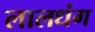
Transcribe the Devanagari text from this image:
लालधंग